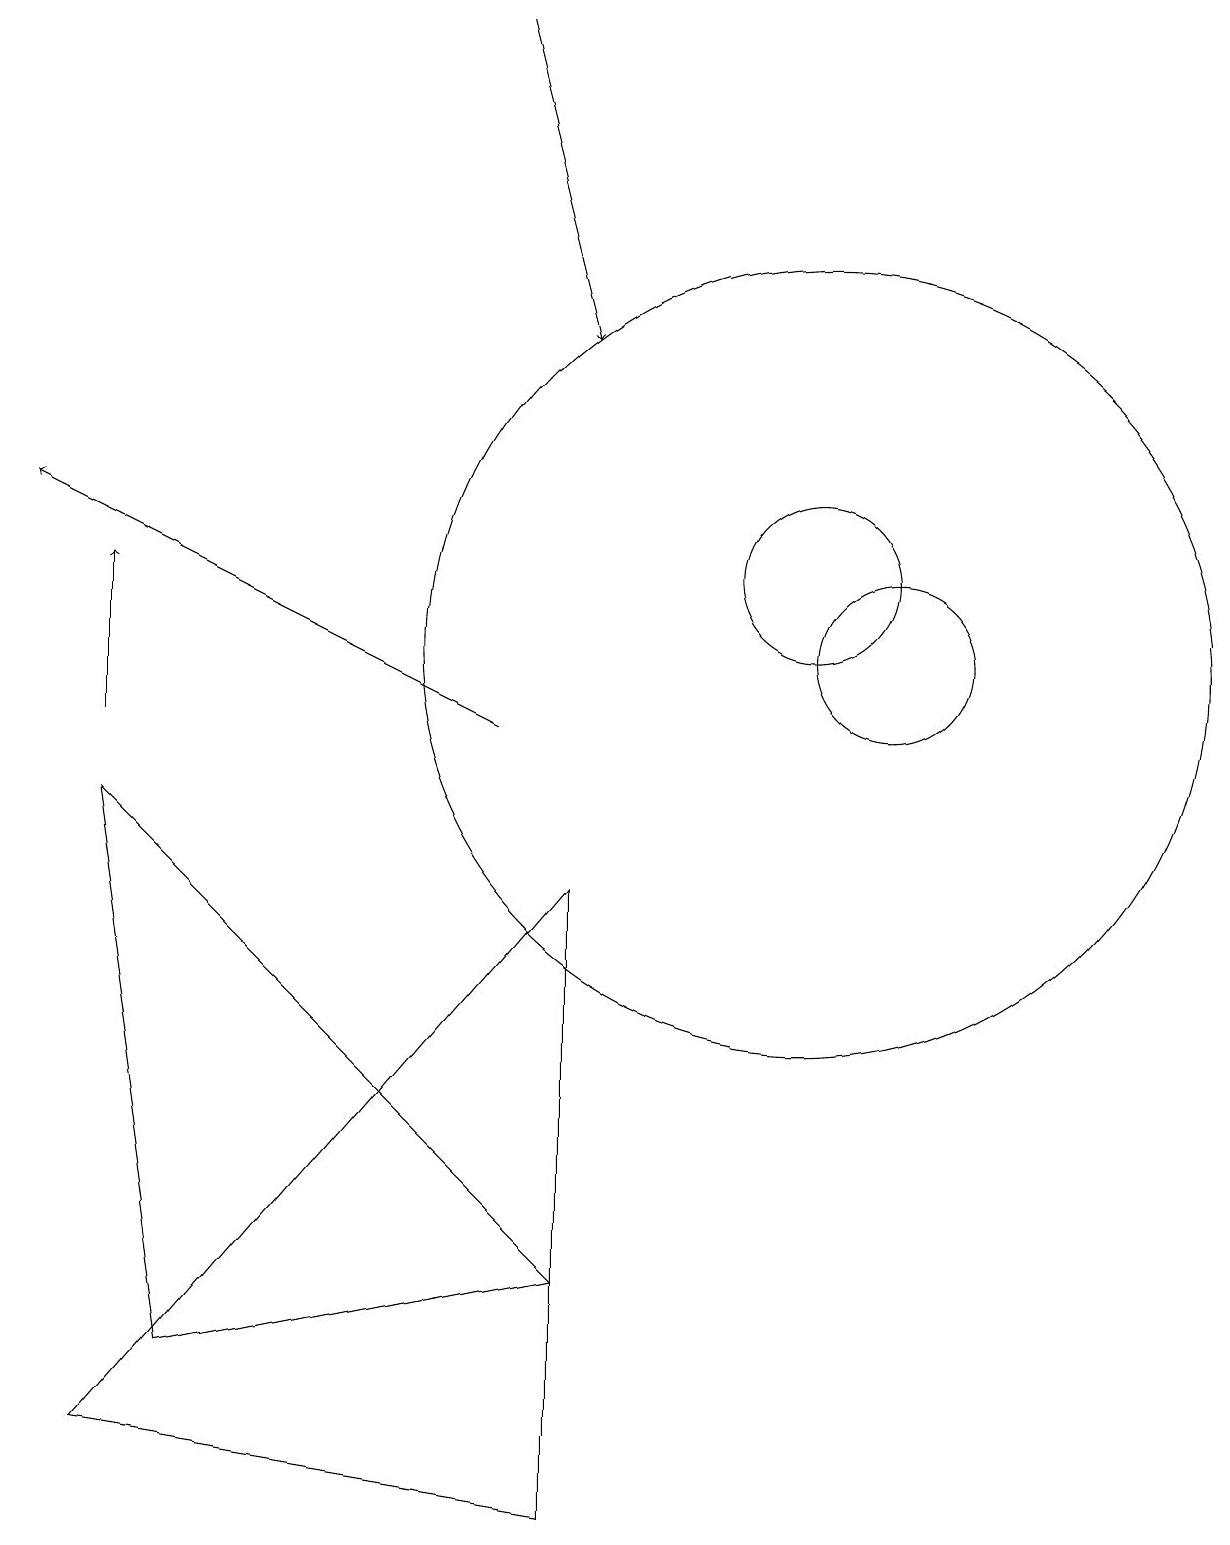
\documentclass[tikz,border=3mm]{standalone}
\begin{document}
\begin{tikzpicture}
\draw (7,8) -- (1,1) -- (7,0) -- cycle;
\draw[->] (6,19) -- (7,15);
\draw (11,11) circle (1);
\draw (10,11) circle (5);
\draw (10,12) circle (1);
\draw (7,3) -- (1,9) -- (2,2) -- cycle;
\draw[->] (6,10) -- (0,13);
\draw[->] (1,10) -- (1,12);
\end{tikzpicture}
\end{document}